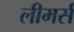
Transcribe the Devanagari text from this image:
लीमर्स